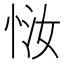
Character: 𫺈